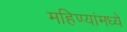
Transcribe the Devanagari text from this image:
महिण्यांमध्ये